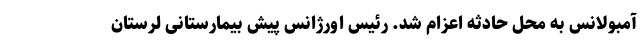
آمبولانس به محل حادثه اعزام شد. رئیس اورژانس پیش بیمارستانی لرستان